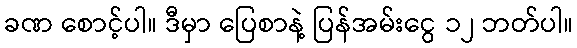
ခဏ စောင့်ပါ။ ဒီမှာ ပြေစာနဲ့ ပြန်အမ်းငွေ ၁၂ ဘတ်ပါ။